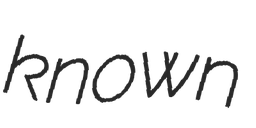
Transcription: known